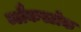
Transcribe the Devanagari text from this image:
ब्लैकस्टोक